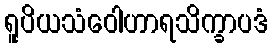
ရူပိယသံဝေါဟာရသိက္ခာပဒံ